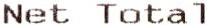
NET TOTAL